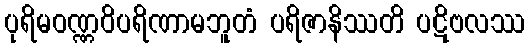
ပုရိမဝဏ္ဏဝိပရိဏာမဘူတံ ပရိဇာနိဿတိ ပဋိဗလဿ